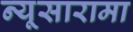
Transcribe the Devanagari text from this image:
न्यूसारामा